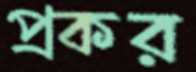
প্রকর